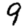
Digit: 9